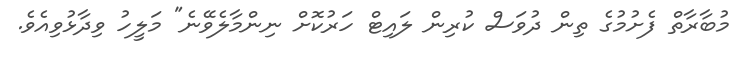
މުބާރާތް ފެށުމުގެ ތިން ދުވަސް ކުރިން ލައިޓް ހަރުކޮށް ނިންމާލެވޭނެ" މަލީހު ވިދާޅުވިއެވެ.